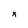
Character: x